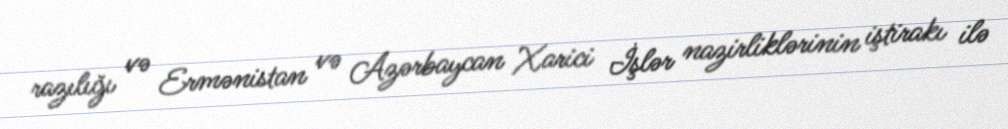
razılığı və Ermənistan və Azərbaycan Xarici İşlər nazirliklərinin iştirakı ilə